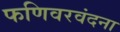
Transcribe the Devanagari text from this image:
फणिवरवंदना